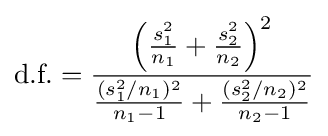
{\text{d.f.}}={\frac {\left({\frac {s_{1}^{2}}{n_{1}}}+{\frac {s_{2}^{2}}{n_{2}}}\right)^{2}}{{\frac {(s_{1}^{2}/n_{1})^{2}}{n_{1}-1}}+{\frac {(s_{2}^{2}/n_{2})^{2}}{n_{2}-1}}}}